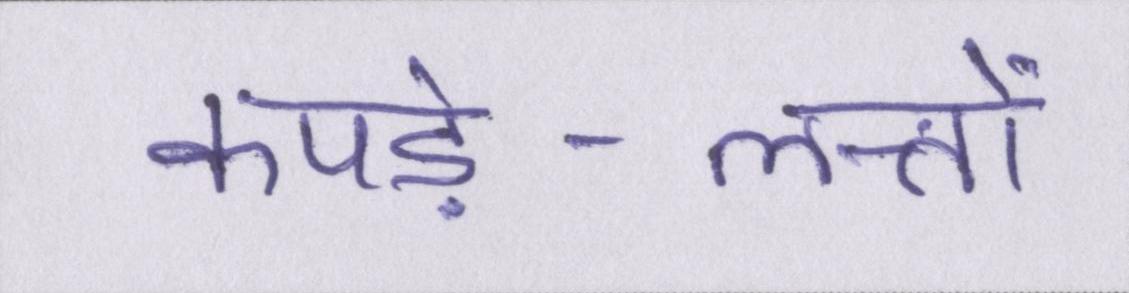
कपड़े-लत्तों